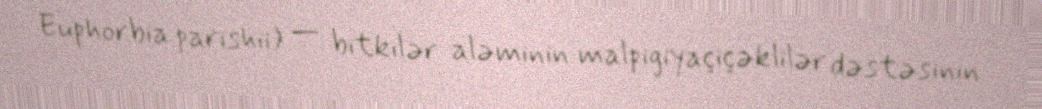
Euphorbia parishii) — bitkilər aləminin malpigiyaçiçəklilər dəstəsinin